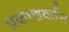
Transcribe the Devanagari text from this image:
प्रकाशवर्तन